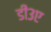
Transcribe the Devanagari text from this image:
डी३ए